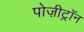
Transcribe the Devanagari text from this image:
पोज़ीट्रॉन